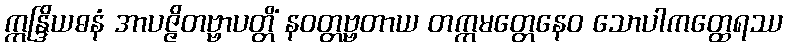
ဣန္ဒြိယဓနံ အာပဇ္ဇိတဗ္ဗာပတ္တိံ နဝတ္တဗ္ဗတာယ တက္ကမတ္တေနေဝ သောပါကတ္ထေရဿ